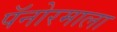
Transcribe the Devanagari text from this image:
पॅनोरमाला